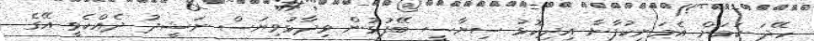
ހޭދަ ކަމަށް އެމަނިކުފާނާ އިދިކޮޅު ސިޔާސީ ބޭފުޅުން ވިދާޅުވިޔަސް ނަޝީދު ދެއްކެވީ އޭގެ